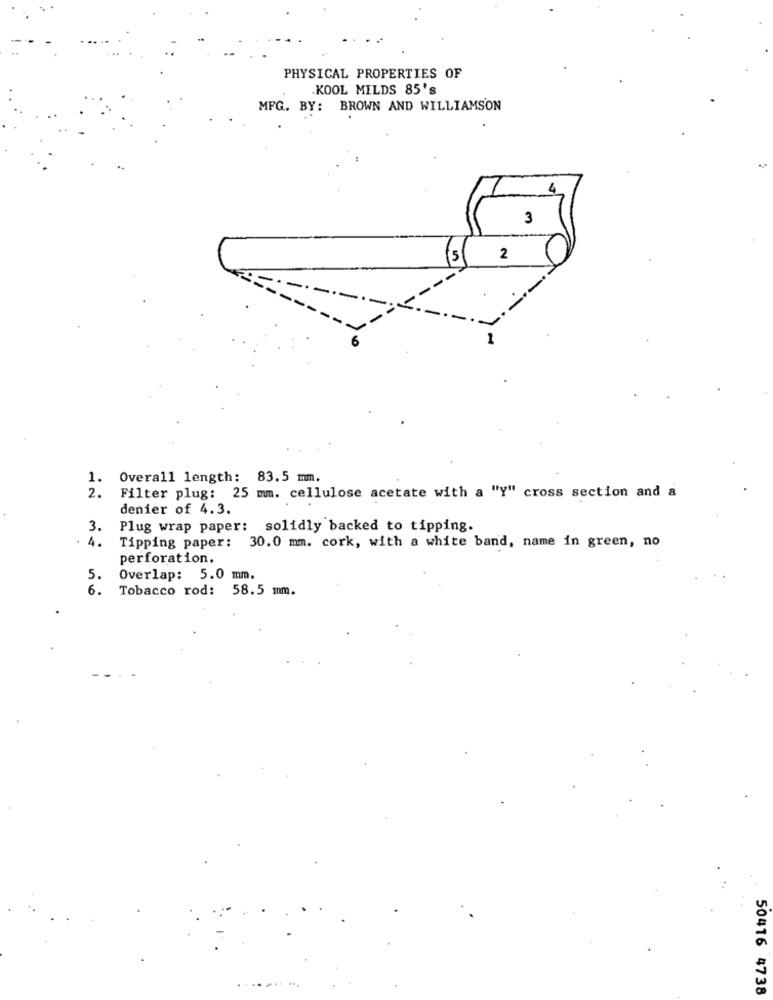
PHYSICAL PROPERTIES OF
.KOOL MILDS 85's
MFG. BY: BROWN AND WILLIAMSON
4
3
5
2
1.
Overall length: 83.5 mm.
Filter plug: 25 mm. cellulose acetate with a "Y" cross section and a
2.
denier of 4.3.
3.
Plug wrap paper: solidly backed to tipping.
.
4.
Tipping paper: 30.0 mm. cork, with a white band, name in green, no
perforation.
5.
Overlap: 5.0 mm.
6.
Tobacco rod: 58.5 mm.
50416 4738